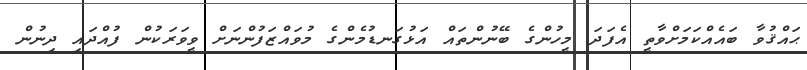
ޙައްޤުވާ ބައެއްކަމަށްވާތީ އެފަދަ މީހުންގެ ބޭނުންތައް އަޅުގަނޑުމެންގެ މުވައްޒަފުންނަށް ވީވަރަކުން ފުއްދައި ދިނުން